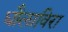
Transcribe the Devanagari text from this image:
धौलाविरा